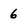
Character: 6